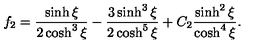
f _ { 2 } = \frac { \sinh \xi } { 2 \cosh ^ { 3 } \xi } - \frac { 3 \sinh ^ { 3 } \xi } { 2 \cosh ^ { 5 } \xi } + C _ { 2 } \frac { \sinh ^ { 2 } \xi } { \cosh ^ { 4 } \xi } .